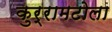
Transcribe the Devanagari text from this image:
कुर्रामटोला